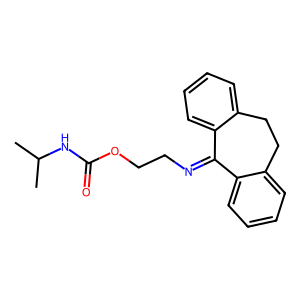
SMILES: CC(C)NC(=O)OCCN=C1c2ccccc2CCc2ccccc21
Inhibits HIV replication: No